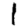
Digit: 1